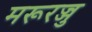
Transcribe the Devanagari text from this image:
मरूरज्जु